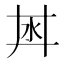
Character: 𣲜